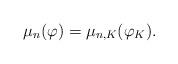
LaTeX: \begin{align*}\mu_n(\varphi)=\mu_{n,K}(\varphi_K).\end{align*}